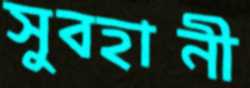
সুবহানী